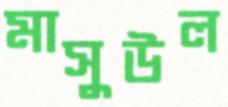
মাসুউল